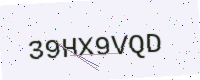
Text: 39HX9VQD